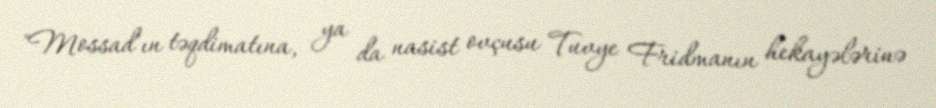
"Mossad"ın təqdimatına, ya da nasist ovçusu Tuvye Fridmanın hekayələrinə